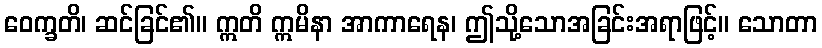
ဝေက္ခတိ၊ ဆင်ခြင်၏။ ဣတိ ဣမိနာ အာကာရေန၊ ဤသို့သောအခြင်းအရာဖြင့်။ သောတာ